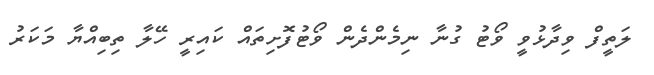
ލަތީފް ވިދާޅުވީ ވޯޓު ގުނާ ނިމެންދެން ވޯޓުފޮށިތައް ކައިރީ ހޭލާ ތިބިއްޔާ މަކަރު